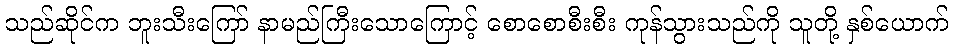
သည်ဆိုင်က ဘူးသီးကြော် နာမည်ကြီးသောကြောင့် စောစောစီးစီး ကုန်သွားသည်ကို သူတို့ နှစ်ယောက်